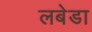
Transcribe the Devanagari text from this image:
लबेडा